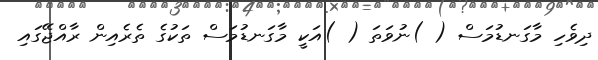
ދިވެހި މާގަނޑުމަސް ( )ނުވަތަ ( )އަކީ މާގަނޑުމަސް ތަކުގެ ތެރެއިން ރާއްޖޭގައި